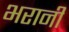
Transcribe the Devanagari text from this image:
भरानी